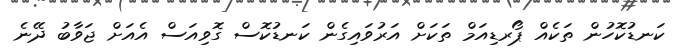
ކަނޑުކޮހުން ތަކެއް ޕޯރޑިއަމް ތަކަށް އަރުވައިގެން ކަނޑުކޮސް ގޮވިއަސް އެއަށް ޖަވާބު ދޭނެ